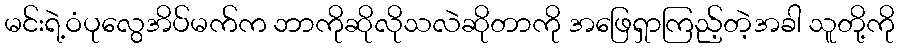
မင်းရဲ့ဝံပုလွေအိပ်မက်က ဘာကိုဆိုလိုသလဲဆိုတာကို အဖြေရှာကြည့်တဲ့အခါ သူတို့ကို